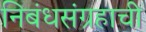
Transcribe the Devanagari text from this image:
निबंधसंग्रहाची